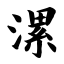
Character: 漯